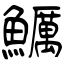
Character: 鱱